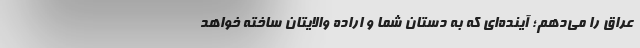
عراق را می‌دهم؛ آینده‌ای که به دستان شما و اراده والایتان ساخته خواهد